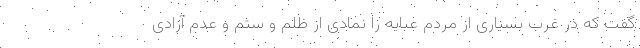
گفت که در غرب بسیاری از مردم عبایه را نمادی از ظلم و ستم و عدم آزادی